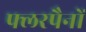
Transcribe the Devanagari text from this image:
फ्लरपैनों